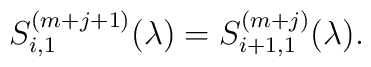
S^{(m+j+1)}_{i,1}(\lambda)=S^{(m+j)}_{i+1,1}(\lambda).